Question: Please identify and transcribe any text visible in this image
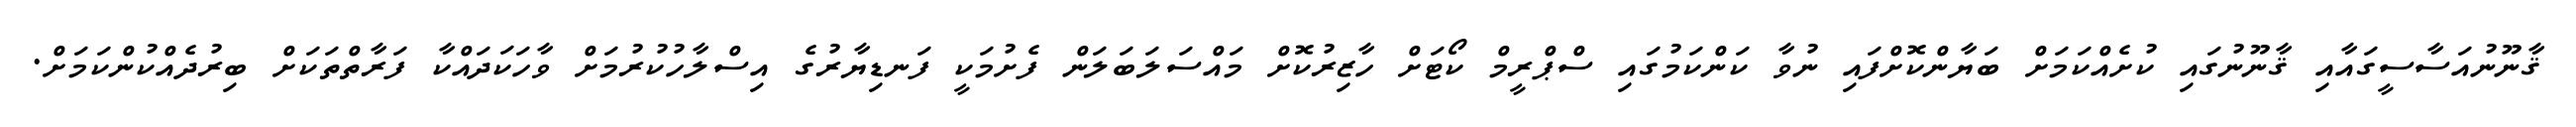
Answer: ޤާނޫނުއަސާސީގައާއި ޤާނޫނުގައި ކުށެއްކަމަށް ބަޔާންކޮށްފައި ނުވާ ކަންކަމުގައި ސްޕްރީމް ކޯޓަށް ހާޒިރުކޮށް މައްސަލަބަލަން ފެށުމަކީ ފަނޑިޔާރުގެ އިސްލާހުކުރުމަށް ވާހަކަދައްކާ ފަރާތްތަކަށް ބިރުދެއްކުންކަމަށް.